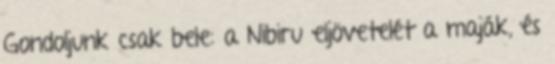
Gondoljunk csak bele: a Nibiru eljövetelét a maják, és